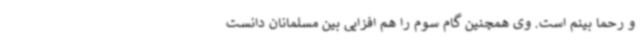
و رحما بینم است. وی همچنین گام سوم را هم افزایی بین مسلمانان دانست